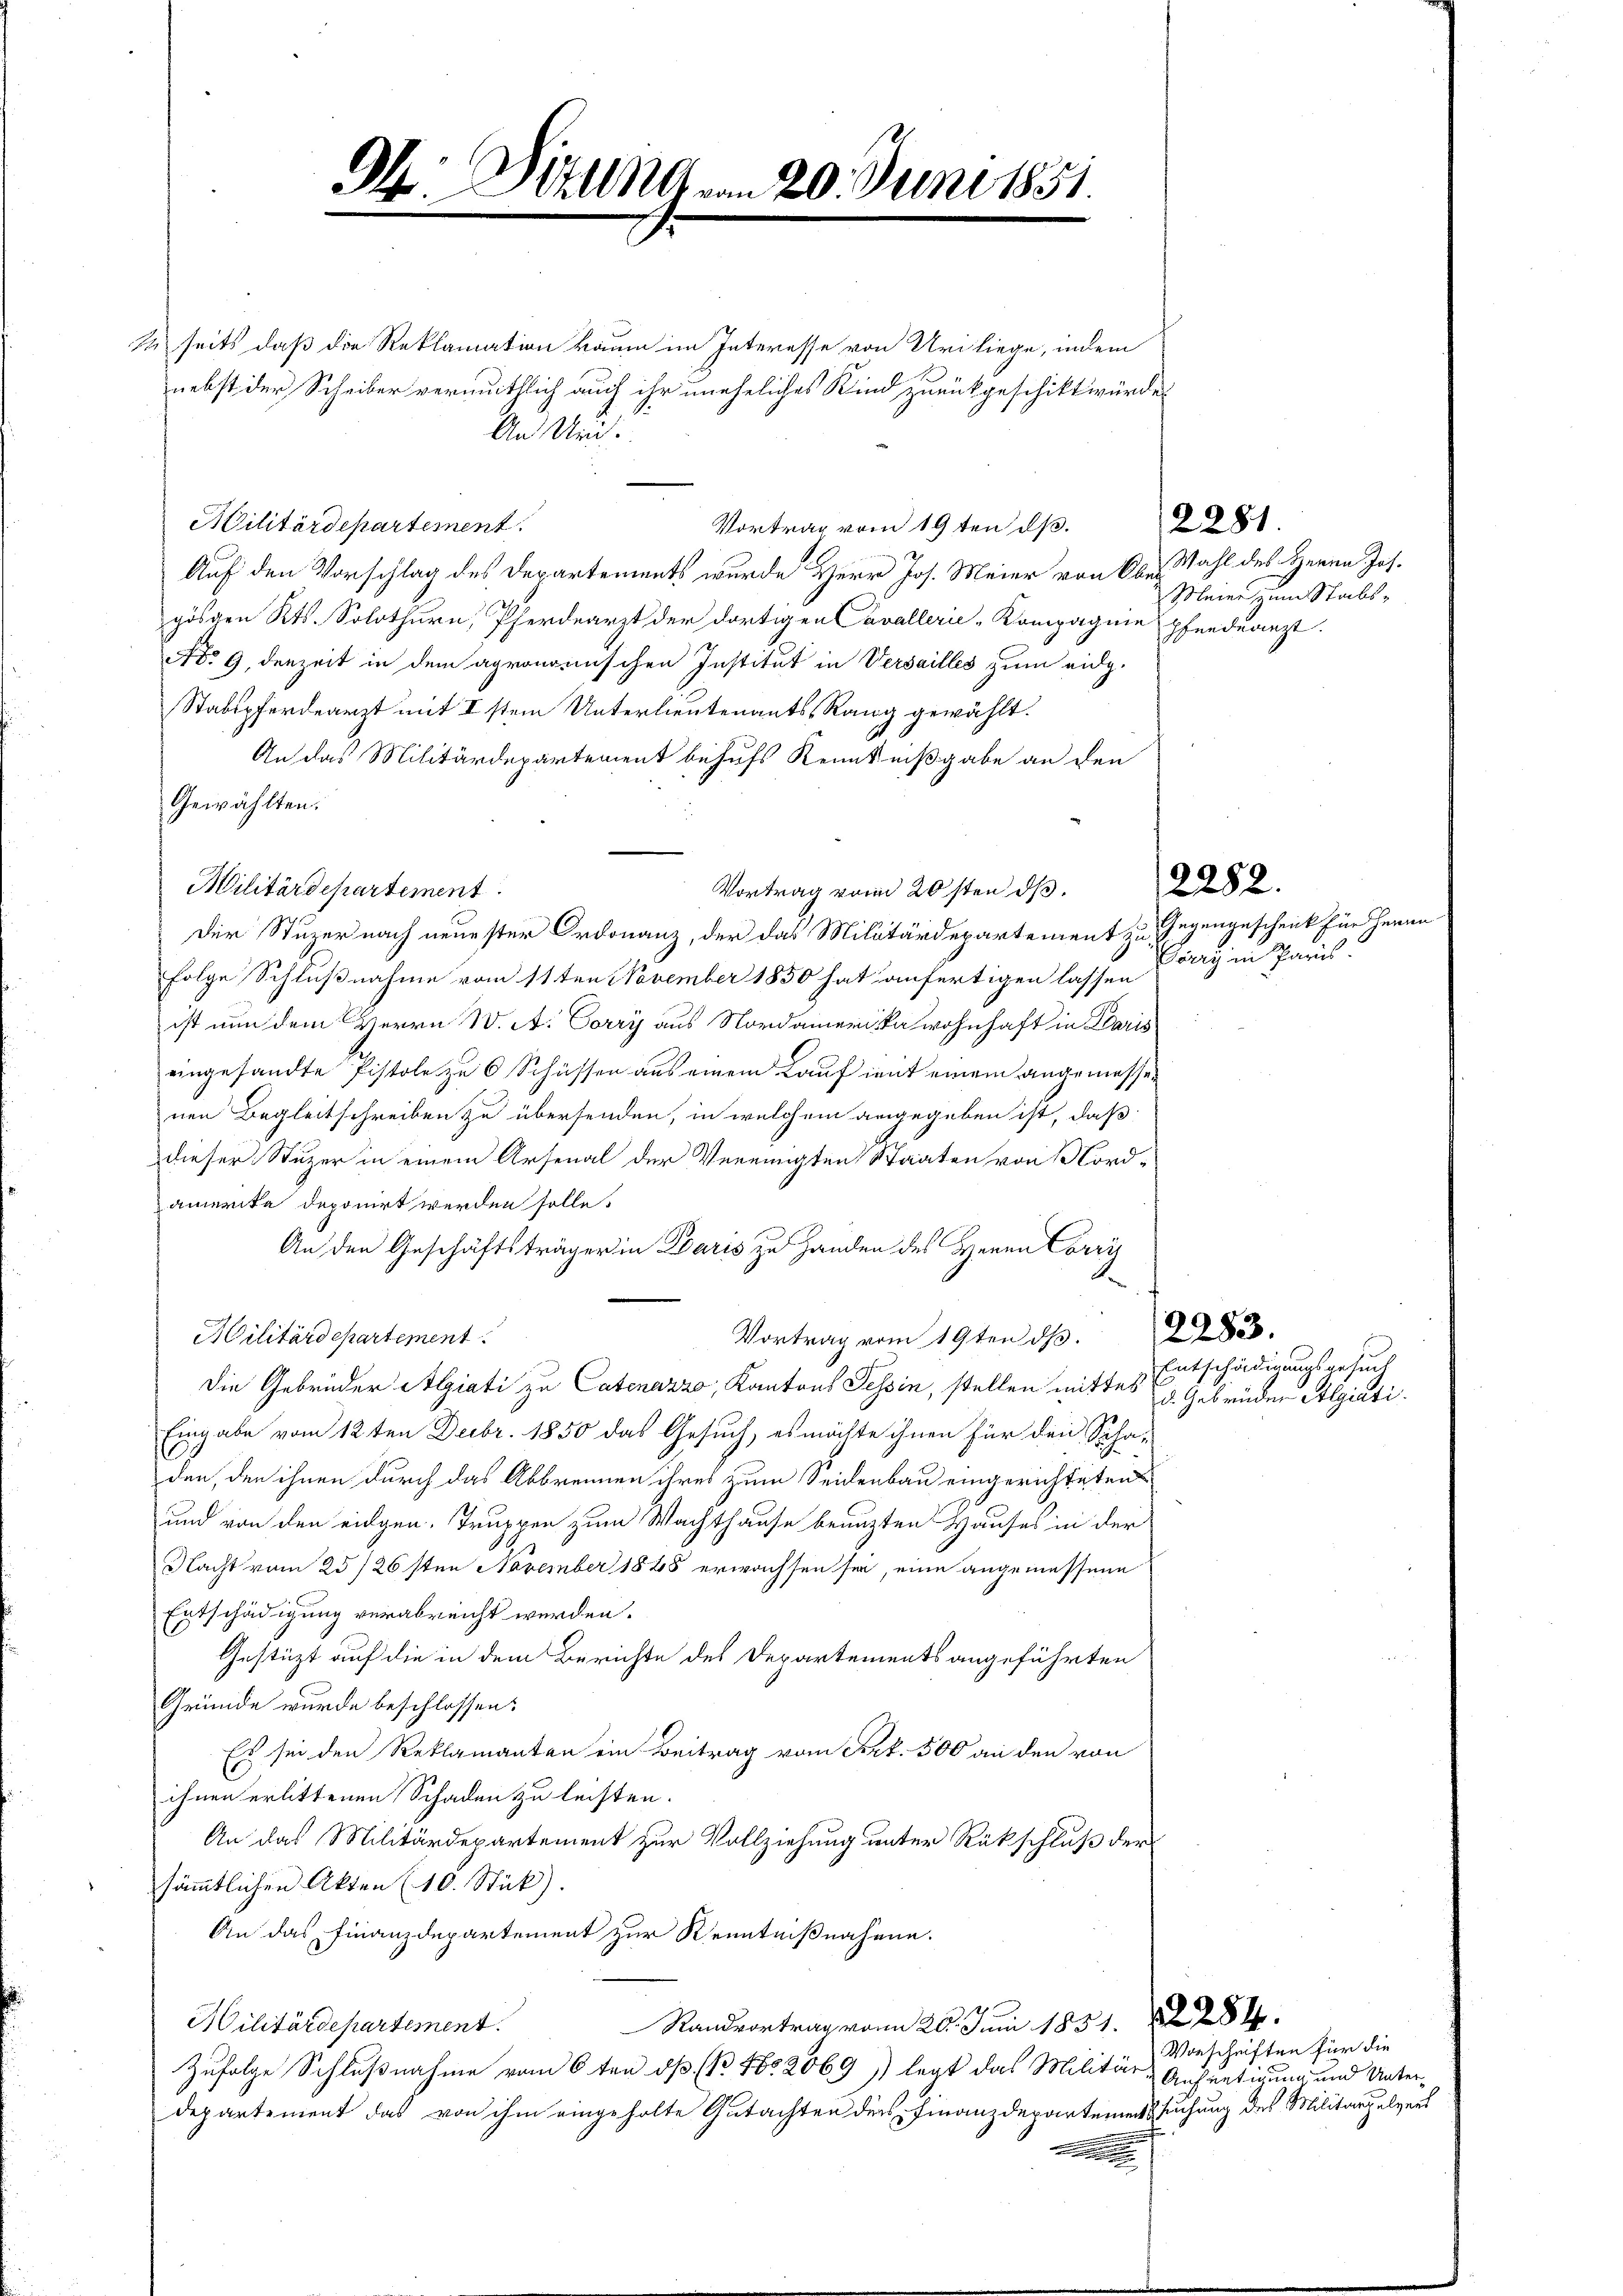
sseits daß die Reklamation kaum im Interesse von Uri liege, indem
nebst der Scheiber vermuthlich auch ihr uneheliches Kind zurückgeschikt würde.
Militärdepartement
Vortrag vom 19ten d.
Auf den Vorschlag des Departements wurde Herr Jos. Meier von Obergösten Kts. Solothurn, Pferdearzt der dortigen Cavallerie-Kompagnie pfendearzt.
No 9. derzeit in dem agronomischen Institut in Versailles zum eidg.
Stabspferdearzt mit I stem Unterlieutenants-Rang gewählt.
An das Militärdepartement behufs Kenntnißgabe an den
Gewählten.
Militärdepartement
Vortrag vom 20sten d.
Der Stuzer nach neuester Ordonanz, der das Militärdepartement zu Gegengeschenk für Herr
Folge Schlußnahme vom 11ten November 1850 hat anfertigen lassen
ist nun dem Herrn W. A. Corry aus Nordamerika wohnhaft in Daris
eingesandte Pistole zu 6 Schüssen aus einem Lauf mit einem angemessenen Begleitschreiben zu übersenden, in welchem angegeben ist, daß
dieser Stuzer in einem Arsenal der Vereinigten Staaten von Nordamerika deponirt werden solle.
An den Geschäftsträger in Paris zu Handen des Herren Corri
Vortrag vom 19ten d. 283.
Militärdepartement
Die Gebrüder Algiati zu Catenazzo, Kantons Tessin, stellen mittes E. Gebrüder Algiati
Eingabe vom 12ten Debr. 1850 das Gesuch, es möchte ihnen für den Scha-
den, den ihnen durch das Abbrennen ihres zum Seidenbau eingerichteten
und von den eidgen. Truppen zum Wachthause beauften Hauses in der
Nacht vom 25/26sten November 1848 erwachsen sei, eine angemessene
Entschädigung verabreicht werden.
Gestüzt auf die in dem Berichte des Departements angeführten
Gründe wurde beschlossen:
Es sei den Reklamanten ein Beitrag vom Frk. 500 an den von
ihnen erlittenen Schaden zu leisten.
An das Militärdepartement zur Vollziehung unter Rückschluß der
sämmtlichen Akten (10. Stück).
An das Finanzdepartement zur Kenntnißnahme.
Randvortrag vom 20. Juni 1851. 284.
Hilitärdepartement.
Zufolge Schlußnahme vom 6ten d. No. 5602069) legt das Militär-Aufretigung und Unter-
Departement das von ihm eingeholte Gutachten dies Finanzdepartemen suchung des Militärpulvert

Oh: Ditten vom 20. Juni 1851.

An Uri.

2281

Wahl des Herrn Joh.
Mleier zum Stabs¬

2282.

Varry in Paris.

Entschädigungsgesuch

Vorschriften für die